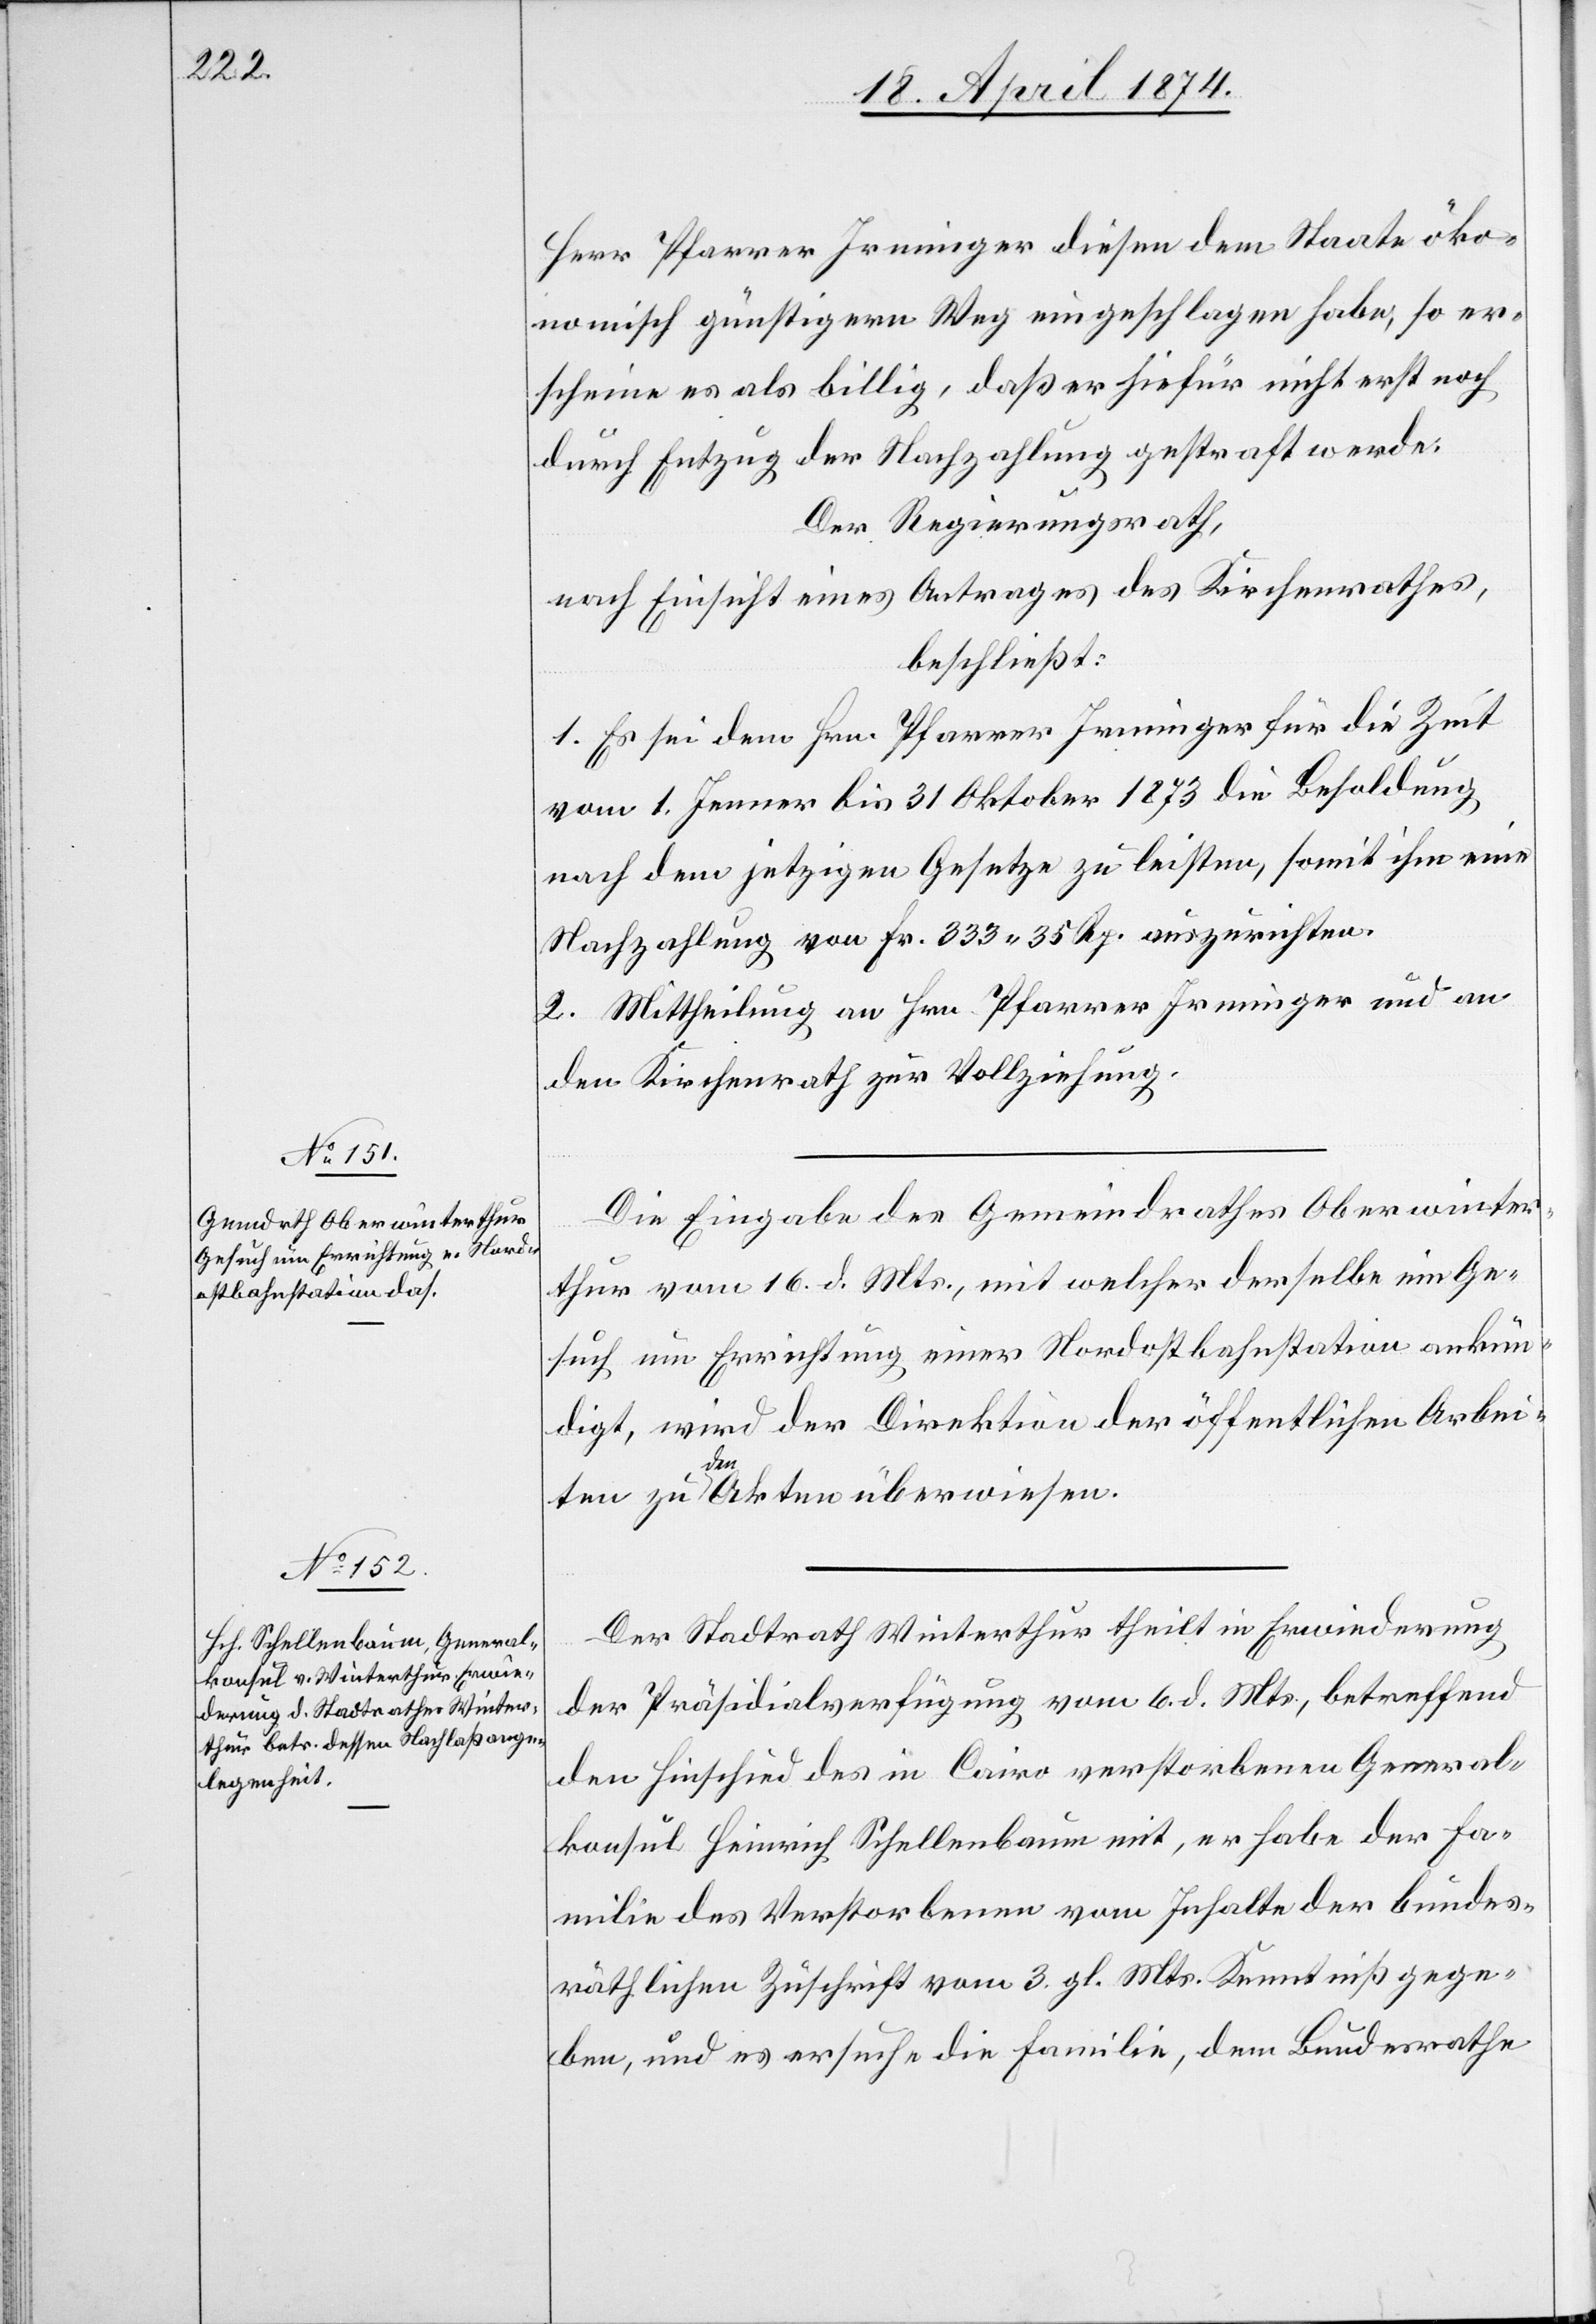
Herr Pfarrer Irmingen diesen dem Staate öko¬
nomisch günstigern Weg eingeschlagen habe, so er¬
scheine es als billig, daß er hiefür nicht erst noch
durch Entzug der Nachzahlung gestraft werde.
Der Regierungsrath,
nach Einsicht eines Antrages des Kirchenrathes,
beschließt:
1. Es sei dem Hrn. Pfarrer Irminger für die Zeit
vom 1. Jenner bis 31. Oktober 1873 die Besoldung
nach dem jetzigen Gesetze zu leisten, somit ihm eine
Nachzahlung von Fr. 333.35 Rp. auszurichten.
2. Mittheilung an Hrn. Pfarrer Irminger und an
den Kirchenrath zur Vollziehung.
Die Eingabe des Gemeindrathes Oberwinter¬
thur vom 16. d. Mts., mit welcher derselbe ein Ge¬
such um Errichtung einer Nordostbahnstation ankün¬
digt, wird der Direktion der öffentlichen Arbei¬
ten zu den Akten überwiesen.
Der Stadtrath Winterthur theilt in Erwiederung
der Präsidialverfügung vom 6. d. Mts., betreffend
den Hinschied des in Cairo verstorbenen General¬
konsul Heinrich Schellenbaum mit, er habe der Fa¬
milie des Verstorbenen vom Inhalte der bundes¬
räthlichen Zuschrift vom 3. gl. Mts. Kenntniß gege¬
ben, und es ersuche die Familie, dem Bundesrathe